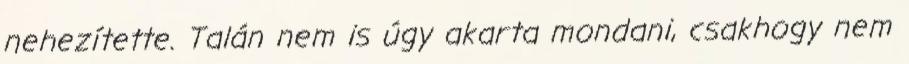
nehezítette. Talán nem is úgy akarta mondani, csakhogy nem